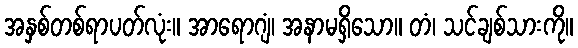
အနှစ်တစ်ရာပတ်လုံး။ အာရောဂျံ၊ အနာမရှိသော။ တံ၊ သင်ချစ်သားကို။